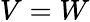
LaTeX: V=W